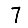
Digit: 7